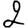
Digit: 2